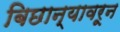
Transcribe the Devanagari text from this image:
बिछान्यावरून